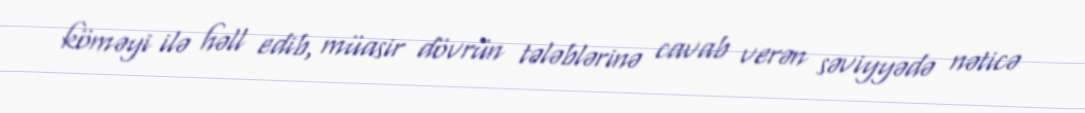
köməyi ilə həll edib, müasir dövrün tələblərinə cavab verən səviyyədə nəticə